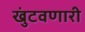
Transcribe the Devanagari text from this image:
खुंटवणारी